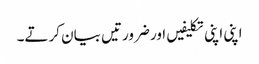
اپنی اپنی تکلیفیں اور ضرورتیں بیان کرتے۔